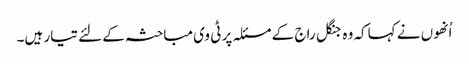
اُنھوں نے کہاکہ وہ جنگل راج کے مسئلہ پر ٹی وی مباحثہ کے لئے تیار ہیں۔